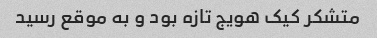
متشکر کیک هویج تازه بود و به موقع رسید